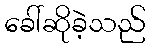
ခေါ်ဆိုခဲ့သည်